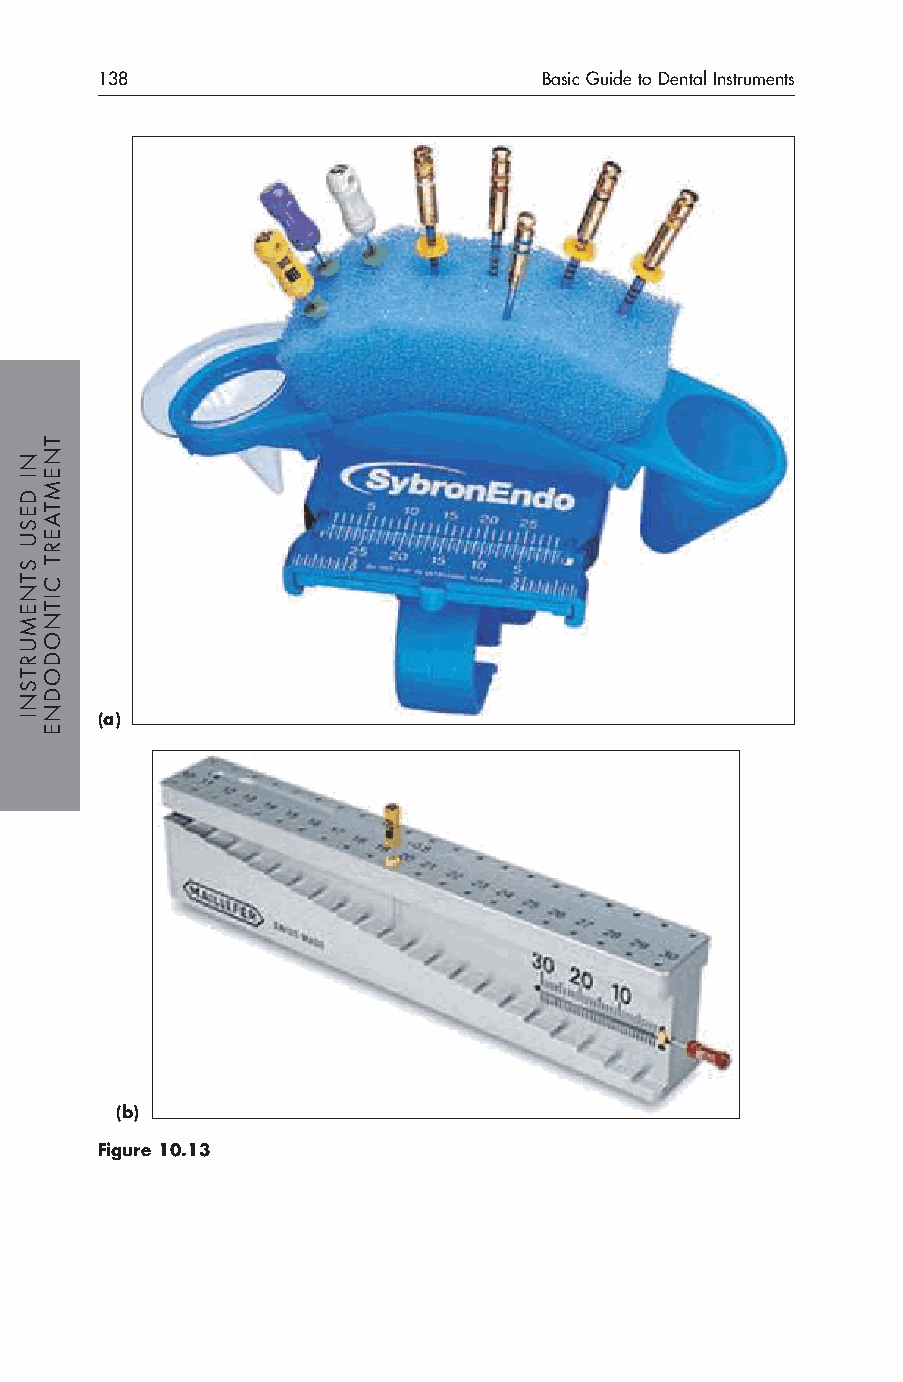
138                           Basic Guide to Dental Instruments
 (a)
 (b)
 Figure 10.13
 NI
 DESU
 STNEMURTSNI
 TNEMTAERT
 CITNODODNE